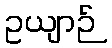
ဥယျာဉ်